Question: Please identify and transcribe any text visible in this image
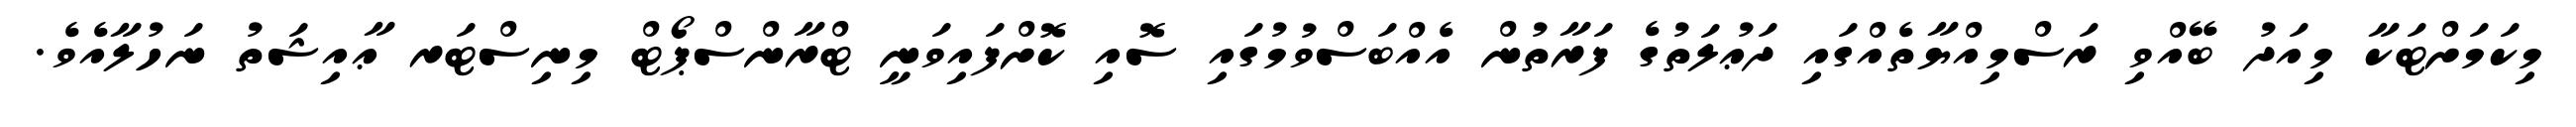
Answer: މިކަމަށްޓަކާ މިއަދު ބޭއްވި ރަސްމިއްޔާތެއްގައި ދަޢުލަތުގެ ފަރާތުން އެއްބަސްވުމުގައި ސޮއި ކޮށްފައިވަނީ ޓްރާންސްޕޯޓް މިނިސްޓަރ ޢާއިޝަތު ނަހުލާއެވެ.